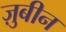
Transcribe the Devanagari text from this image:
ज़ुबीन